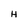
Character: H